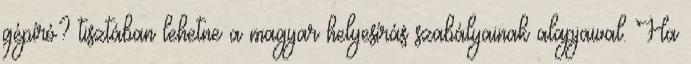
gépíró? tisztában lehetne a magyar helyesírás szabályainak alapjaival. Ha